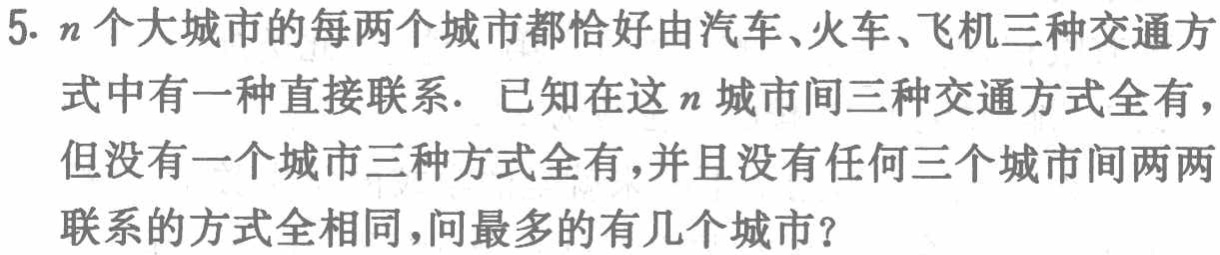
5. \(n\)个大城市的每两个城市都恰好由汽车、火车、飞机三种交通方式中有一种直接联系. 已知在这\(n\)城市间三种交通方式全有，但没有一个城市三种方式全有，并且没有任何三个城市间两两联系的方式全相同，问最多的有几个城市？